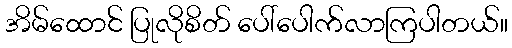
အိမ်ထောင် ပြုလိုစိတ် ပေါ်ပေါက်လာကြပါတယ်။